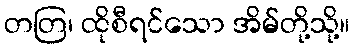
တတြ၊ ထိုစီရင်သော အိမ်တို့သို့။